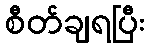
စီတ်ချရပြီး